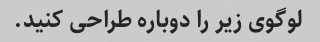
لوگوی زیر را دوباره طراحی کنید.